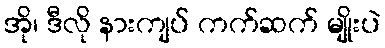
အို၊ ဒီလို နားကျပ် ကက်ဆက် မျိုးပဲ